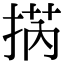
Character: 㨅